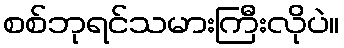
စစ်ဘုရင်သမားကြီးလိုပဲ။